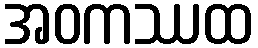
အဝကဿထ